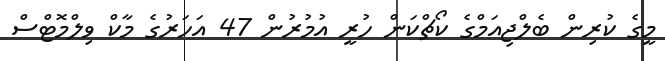
މީގެ ކުރިން ބެލްޖިއަމްގެ ކޯޗްކަން ހުރީ އުމުރުން 47 އަހަރުގެ މާކް ވިލްމޮޓްސް